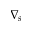
\nabla _ { s }